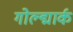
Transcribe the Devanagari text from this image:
गोल्द्मार्क